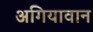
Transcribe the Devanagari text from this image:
अगियावान